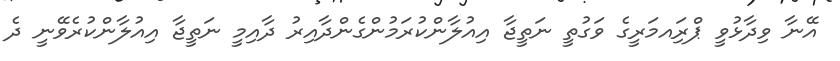
އޭނާ ވިދާޅުވީ ޕްރަިއމަރީގެ ވަގުތީ ނަތީޖާ އިއުލާންކުރަމުންގެންދާއިރު ދާއިމީ ނަތީޖާ އިއުލާންކުރެވޭނީ ދެ